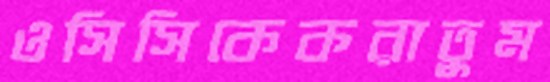
ওসিসিকেকরাতুম